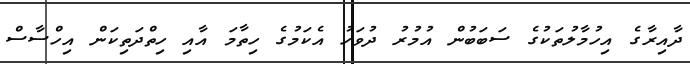
ދާއިރާގެ އިހުމާލުތަކުގެ ސަބަބުން އުމުރު ދުވަހު އެކަމުގެ ހިތާމަ އާއި ހިތްދަތިކަން އިހްސާސް